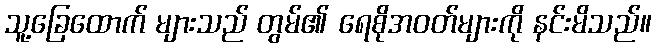
သူ့ခြေထောက် များသည် တွမ်၏ ရေစိုအဝတ်များကို နင်းမိသည်။